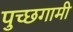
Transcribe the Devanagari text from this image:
पुच्छगामी